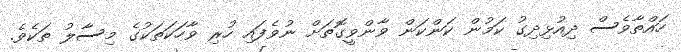
ހައްތާވެސް ދިއުޅިދިގު ކަމުން ކަންކަން ވާންވީގޮތަށް ނުވެފައި ހުރި ވާހަކަތަކުގެ މިސާލު ތަކެވެ.